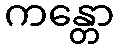
ကန္တော